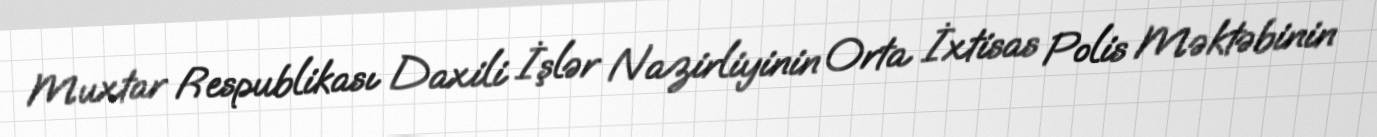
Muxtar Respublikası Daxili İşlər Nazirliyinin Orta İxtisas Polis Məktəbinin